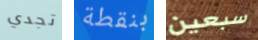
تجدي بنقطة سبعين